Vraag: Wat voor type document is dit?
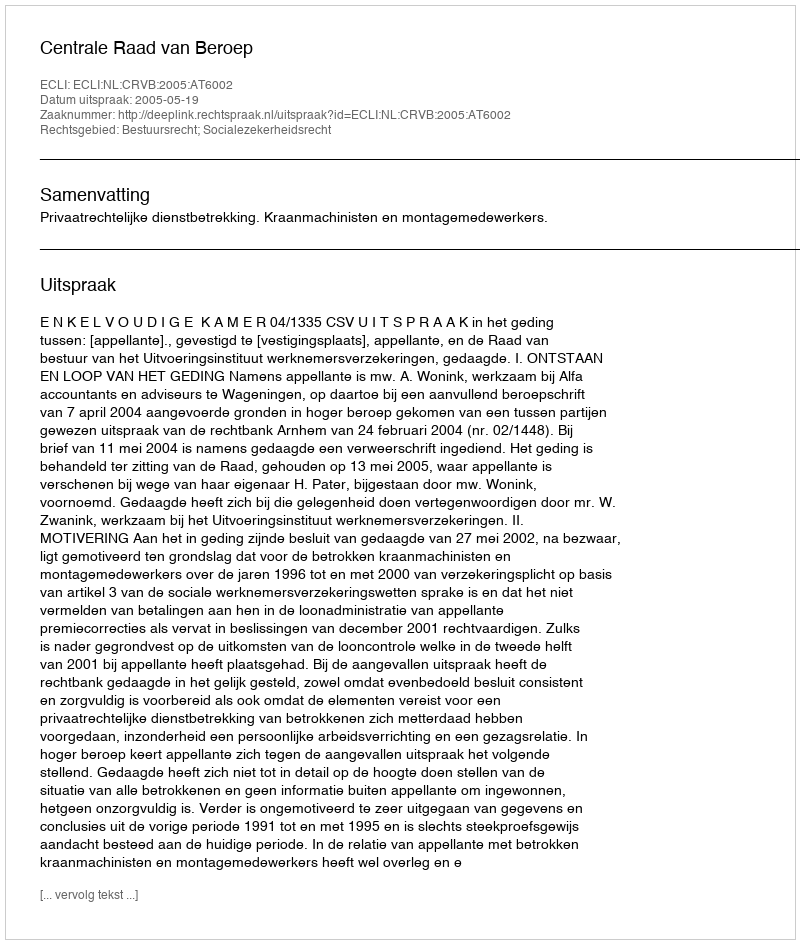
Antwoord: Uitspraak